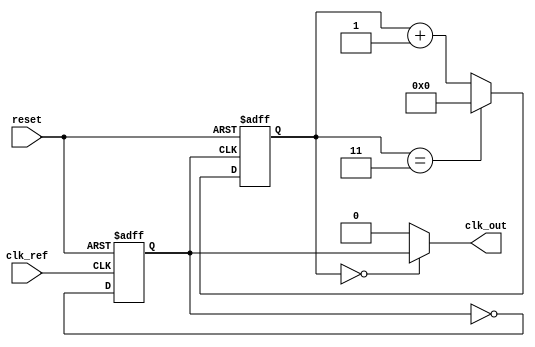
module PLL (
    input wire clk_ref,          // Reference clock input
    input wire reset,            // Asynchronous reset
    output wire clk_out          // PLL output clock
);

// Parameters
parameter N = 4;                // Division ratio for frequency divider
parameter VCO_MAX_FREQ = 100;   // Maximum frequency for the VCO
parameter VCO_MIN_FREQ = 10;     // Minimum frequency for the VCO

// Internal signals
reg [1:0] phase_error;          // Phase error from phase detector
reg [7:0] filter_output;        // Output of the loop filter
reg vco_clk;                    // Output clock from VCO
reg [N-1:0] div_counter;        // Counter for frequency division
reg [7:0] vco_control;          // Control voltage for VCO
wire clk_div;                  // Divided output clock

// Phase Detector
always @(posedge clk_ref or posedge reset) begin
    if (reset) begin
        phase_error <= 2'b00;
    end else begin
        // Simple XOR phase detector logic for illustration
        phase_error <= {~vco_clk, clk_ref} ^ {vco_clk, clk_ref};
    end
end

// Loop Filter (simple first-order low-pass filter)
always @(posedge clk_ref or posedge reset) begin
    if (reset) begin
        filter_output <= 8'b0;
    end else begin
        filter_output <= filter_output + phase_error; // Simple integrator
    end
end

// Voltage-Controlled Oscillator (VCO)
always @(posedge clk_ref or posedge reset) begin
    if (reset) begin
        vco_clk <= 1'b0;
        vco_control <= 8'b0;
    end else begin
        // Adjusting VCO frequency based on filter output
        if (filter_output > VCO_MAX_FREQ) begin
            vco_control <= VCO_MAX_FREQ; // limit max frequency
        end else if (filter_output < VCO_MIN_FREQ) begin
            vco_control <= VCO_MIN_FREQ; // limit min frequency
        end else begin
            vco_control <= filter_output; // control vco frequency
        end
        // Toggle vco_clk based on vco_control (simplified)
        vco_clk <= ~vco_clk;
    end
end

// Frequency Divider
always @(posedge vco_clk or posedge reset) begin
    if (reset) begin
        div_counter <= 0;
    end else if (div_counter == N-1) begin
        div_counter <= 0;
    end else begin
        div_counter <= div_counter + 1;
    end
end

// Assign divided clock to output
assign clk_out = (div_counter == 0) ? vco_clk : 1'b0;

endmodule